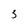
Character: 3